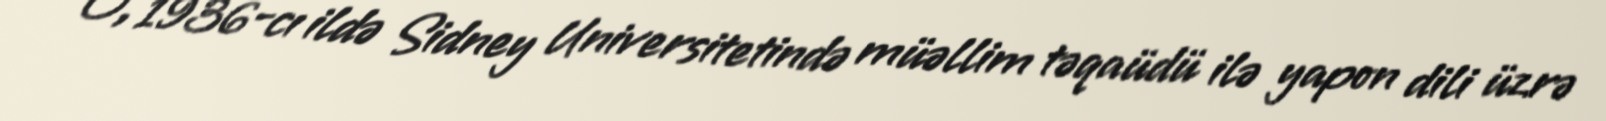
O, 1936-cı ildə Sidney Universitetində müəllim təqaüdü ilə yapon dili üzrə